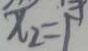
x _ { 2 } = 1